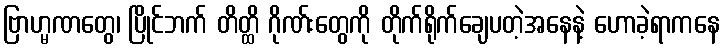
ဗြာဟ္မဏတွေ၊ ပြိုင်ဘက် တိတ္ထိ ဂိုဏ်းတွေကို တိုက်ရိုက်ချေပတဲ့အနေနဲ့ ဟောခဲ့ရာကနေ